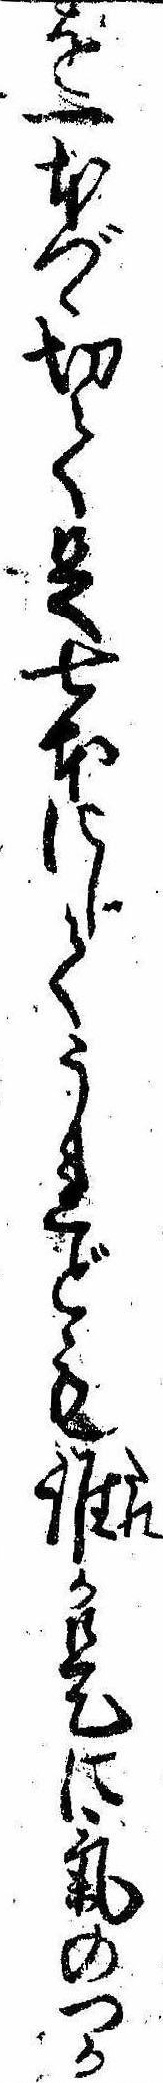
を一本づゝ切て足七本にしてうれども誰か是に気のつか